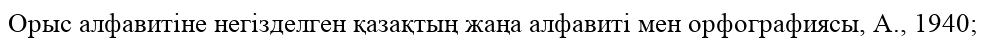
Орыс алфавитіне негізделген қазақтың жаңа алфавиті мен орфографиясы, А., 1940;